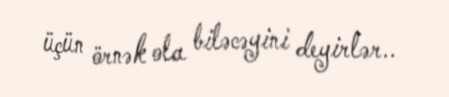
üçün örnək ola biləcəyini deyirlər..